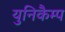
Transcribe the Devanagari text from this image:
युनिकैम्प